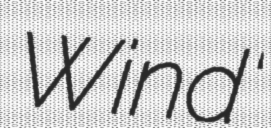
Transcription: Wind'